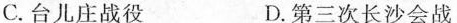
C.台儿庄战役 D.第三次长沙会战